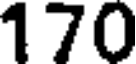
170